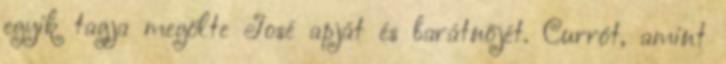
egyik tagja megölte José apját és barátnőjét. Currót, amint